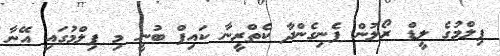
ފިލްމުގެ ލީޑް ރޯލުން ފެނިގެންދާ ކެތްރީނާ ކައިފް ބުނީ މި ފިލްމުގައި އޭނާ